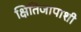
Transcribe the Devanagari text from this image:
क्षितिजापाशी